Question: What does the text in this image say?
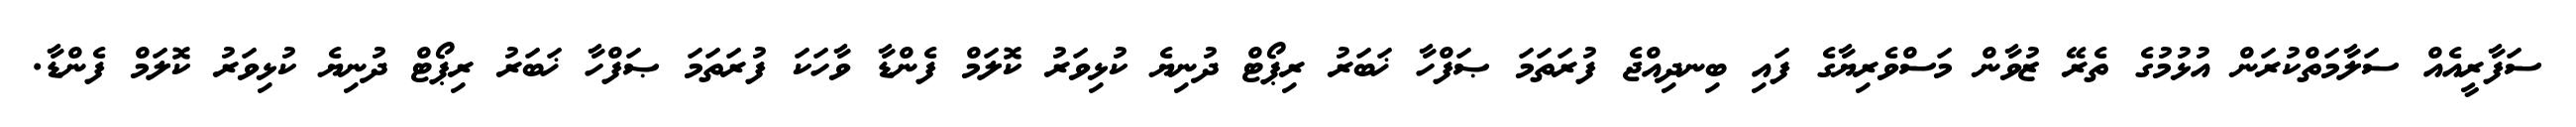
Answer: ސަފާރީއެއް ސަލާމަތްކުރަން އުޅުމުގެ ތެރޭ ޒުވާން މަސްވެރިޔާގެ ފައި ބިނދިއްޖެ ފުރަތަމަ ޞަފްހާ ޚަބަރު ރިޕޯޓް ދުނިޔެ ކުޅިވަރު ކޮލަމް ފެންޑާ ވާހަކަ ފުރަތަމަ ޞަފްހާ ޚަބަރު ރިޕޯޓް ދުނިޔެ ކުޅިވަރު ކޮލަމް ފެންޑާ.